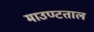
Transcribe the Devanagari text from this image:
माउण्टताल